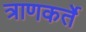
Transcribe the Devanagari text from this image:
त्राणकर्ते